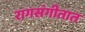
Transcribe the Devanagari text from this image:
रागसंगीतात